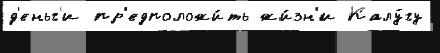
д'еньг'и пр'едположи́ть жи́зн'и Калу́гу